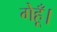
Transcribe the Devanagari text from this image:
गेहूँ।